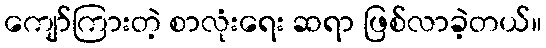
ကျော်ကြားတဲ့ စာလုံးရေး ဆရာ ဖြစ်လာခဲ့တယ်။